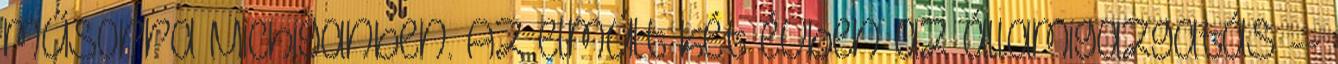
műsorra Michiganben. Az elmúlt két évben az államigazgatás --